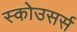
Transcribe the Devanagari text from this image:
स्कोउसर्स